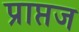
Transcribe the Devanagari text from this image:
प्राप्तज